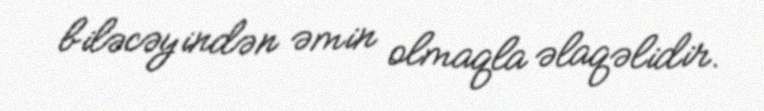
biləcəyindən əmin olmaqla əlaqəlidir.